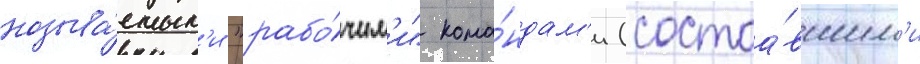
называ́емым'и "рабо́чим'и" кома́ндам'и (состоа́вшим'и